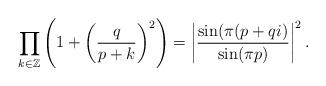
LaTeX: \begin{align*}\prod_{ k \in \mathbb{Z}} \left( 1 + \left( \frac{q}{p+k} \right)^2 \right) = \left| \frac{ \sin( \pi( p + qi ) }{ \sin( \pi p ) } \right|^2.\end{align*}